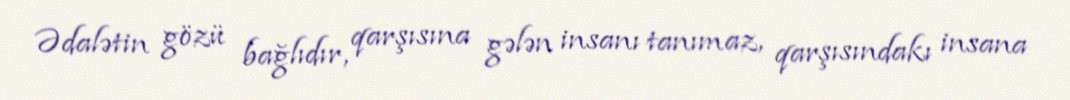
Ədalətin gözü bağlıdır, qarşısına gələn insanı tanımaz, qarşısındakı insana